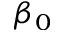
\beta _ { 0 }